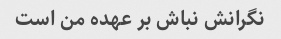
نگرانش نباش بر عهده من است